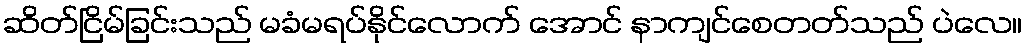
ဆိတ်ငြိမ်ခြင်းသည် မခံမရပ်နိုင်လောက် အောင် နာကျင်စေတတ်သည် ပဲလေ။